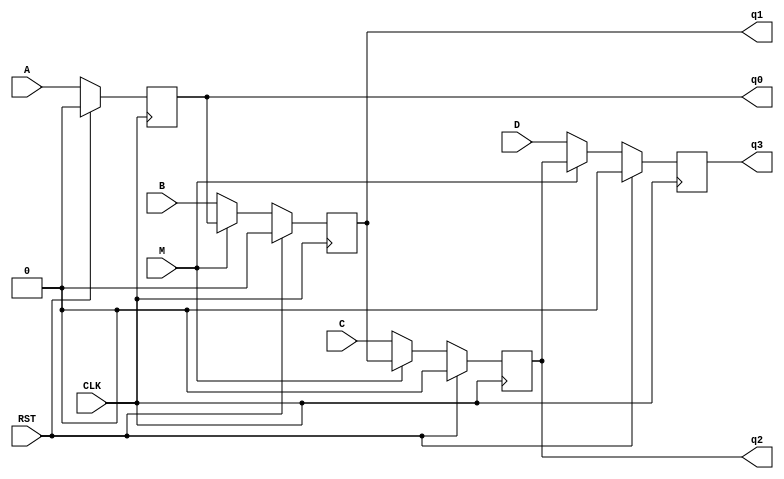
module piso(input A,B,C,D,M,CLK,RST,output reg q0,q1,q2,q3);
always @(posedge CLK)begin
if(RST)begin
q0<=0;
q1<=0;
q2<=0;
q3<=0;end

else if(M==0)begin//LOAD
q0<=A;
q1<=B;
q2<=C;
q3<=D;
end

else begin//SHIFT
q0<=A;
q1<=q0;
q2<=q1;
q3<=q2;
end
end
endmodule